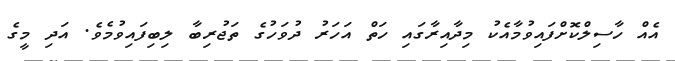
އެއް ހާސިލްކޮށްފައިވުމާއެކު މިދާއިރާގައި ހަތް އަހަރު ދުވަހުގެ ތަޖުރިބާ ލިބިފައިވުމެވެ. އަދި މީގެ